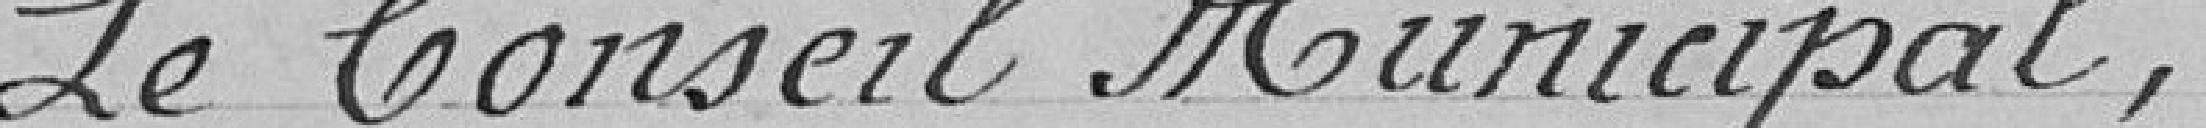
Le conseil Municipal,